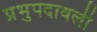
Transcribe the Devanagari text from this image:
प्रभुपदावली